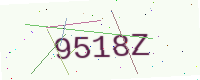
Text: 9518Z